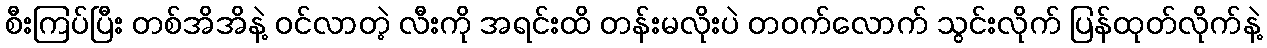
စီးကြပ်ပြီး တစ်အိအိနဲ့ ဝင်လာတဲ့ လီးကို အရင်းထိ တန်းမလိုးပဲ တဝက်လောက် သွင်းလိုက် ပြန်ထုတ်လိုက်နဲ့